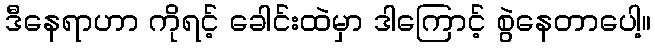
ဒီနေရာဟာ ကိုရင့် ခေါင်းထဲမှာ ဒါကြောင့် စွဲနေတာပေါ့။